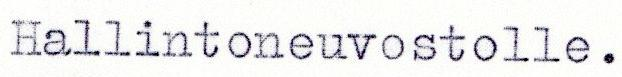
Hallintoneuvostolle.